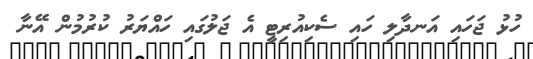
ހުޅު ޖަހައި އަނދާލި ހައި ސެކިއުރިޓީ އެ ޖަލުގައި ހައްޔަރު ކުރުމުން އޭނާ